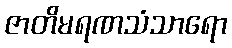
ဇာတိမရဏသံသာရော